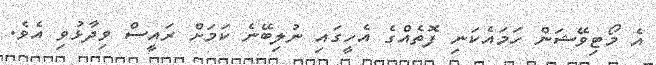
އެ މޯޓިވޭޝަން ހަމައެކަނި ފޮތެއްގެ އެހީގައި ނުލިބޭނެ ކަމަށް ރައީސް ވިދާޅުވި އެވެ.